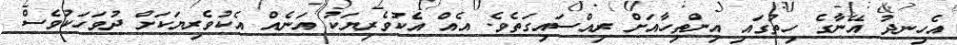
އެހިނދު އޭނާގެ ހިތުގައި އިންތިހާއަށް ރިއްސައިގަތެވެ. އެއް އެކުވެރިޔަކު އަނެއް އެކުވެރިޔަކަށް ދުވަހަކުވެސް